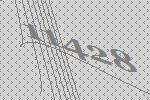
11428